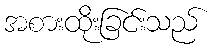
အစားထိုးခြင်းသည်